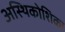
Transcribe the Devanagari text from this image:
अस्थिकोशिका